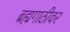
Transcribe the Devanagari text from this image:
ब्रह्मगाठीवर